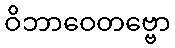
ဝိဘာဝေတဗ္ဗော